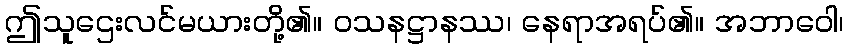
ဤသူဌေးလင်မယားတို့၏။ ဝသနဋ္ဌာနဿ၊ နေရာအရပ်၏။ အဘာဝေါ၊